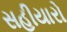
સહીયારો